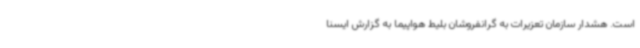
است. هشدار سازمان تعزیرات به گرانفروشان بلیط هواپیما به گزارش ایسنا